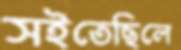
সইতেছিলে